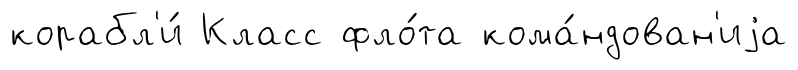
корабл'и́ Класс фло́та кома́ндован'иjа